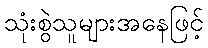
သုံးစွဲသူများအနေဖြင့်